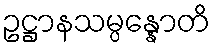
ဥဋ္ဌာနသမ္ပန္နောတိ